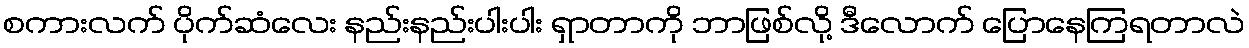
စကားလက် ပိုက်ဆံလေး နည်းနည်းပါးပါး ရှာတာကို ဘာဖြစ်လို့ ဒီလောက် ပြောနေကြရတာလဲ